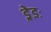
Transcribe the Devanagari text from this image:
ड्रेडः